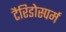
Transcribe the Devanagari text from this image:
टैरिडोस्पर्म